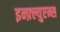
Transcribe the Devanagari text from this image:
इन्फ़्ल्युएन्स